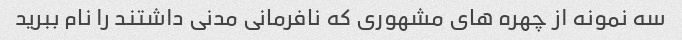
سه نمونه از چهره های مشهوری که نافرمانی مدنی داشتند را نام ببرید